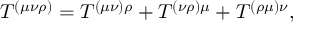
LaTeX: T ^ { ( \mu \nu \rho ) } = T ^ { ( \mu \nu ) \rho } + T ^ { ( \nu \rho ) \mu } + T ^ { ( \rho \mu ) \nu } ,